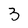
Character: 3